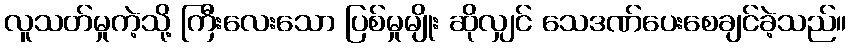
လူသတ်မှုကဲ့သို့ ကြီးလေးသော ပြစ်မှုမျိုး ဆိုလျှင် သေဒဏ်ပေးစေချင်ခဲ့သည်။